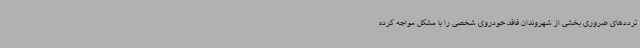
ترددهای ضروری بخشی از شهروندان فاقد خودروی شخصی را با مشکل مواجه کرده